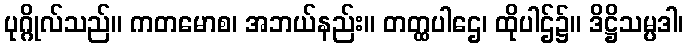
ပုဂ္ဂိုလ်သည်။ ကတမောစ၊ အဘယ်နည်း။ တတ္ထပါဌေ၊ ထိုပါဌ်၌။ ဒိဋ္ဌိသမ္ပဒါ၊